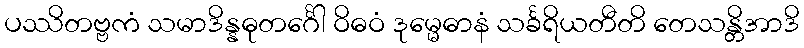
ပဿိတဗ္ဗကံ သမာဒိန္နဓုတင်္ဂေါ ဝိဓဝံ ဒုမ္မေဓာနံ သင်္ခရိယတီတိ တေသန္တိအာဒိ